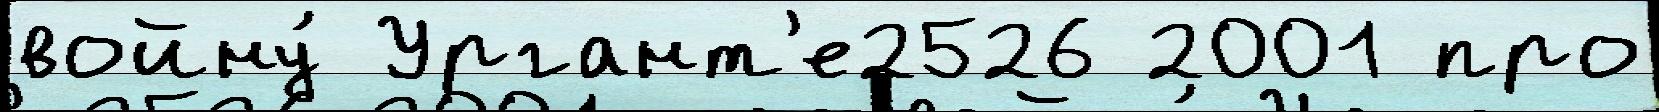
войну́ Ургант'е2526 2001 про